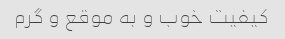
کیفیت خوب و به موقع و گرم